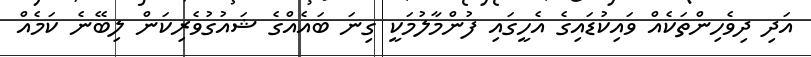
އަދި ދިިވެހިންތަކެއް ވައިކުޑައިގެ އެހީގައި ފުންމާލުމަކީ ގިނަ ބައެއްގެ ޝައުގުވެރިކަން ލިބޭނެ ކަމެއް